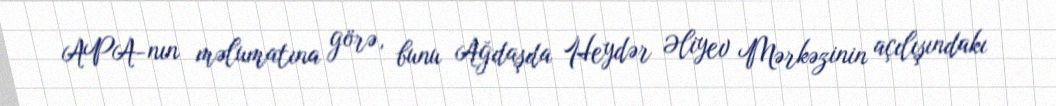
APA-nın məlumatına görə, bunu Ağdaşda Heydər Əliyev Mərkəzinin açılışındakı